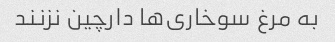
به مرغ سوخاری‌ها دارچین نزنند